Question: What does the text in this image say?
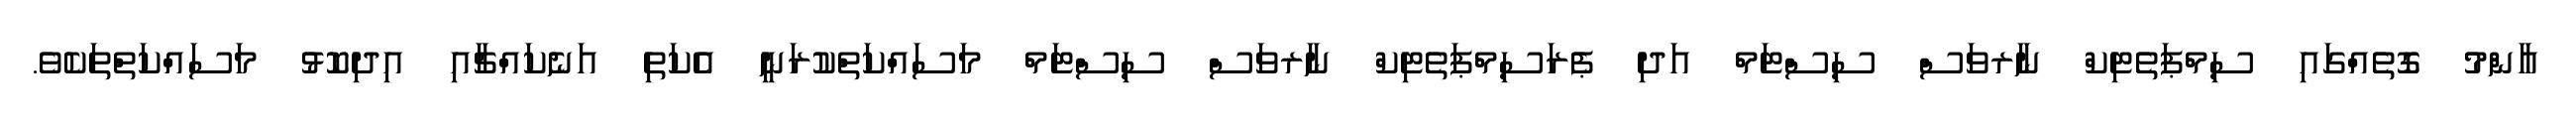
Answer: ޢާންމު ގޮތެއްގައި ސިމްޕަތެޓިކް ނާރވަސް ސިސްޓަމް އަދި ޕެރަސިމްޕަތެޓިކް ނާރވަސް ސިސްޓަމް މަސައްކަތްކުރަނީ އެކަތި އަނެކައްޗާއި އިދިކޮޅު މަސައްކަތްތަކެވެ.